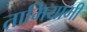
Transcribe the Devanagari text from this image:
तामियामी